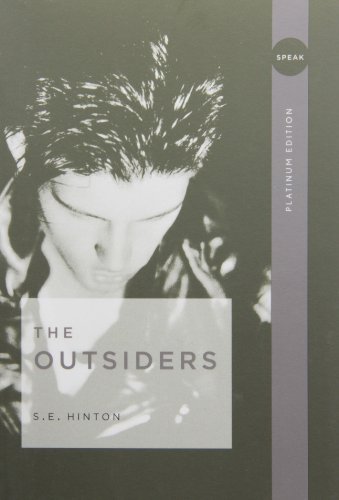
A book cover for The Outsiders; S. E. Hinton; Literature & Fiction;